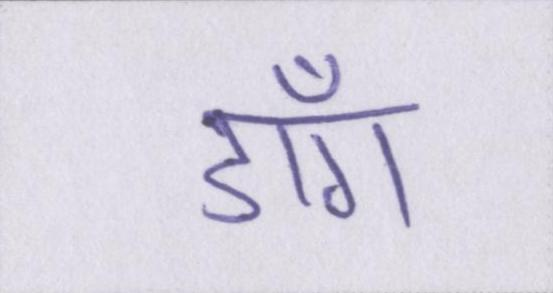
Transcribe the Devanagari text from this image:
डाँग